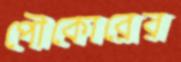
পৌকোরের